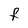
Character: F